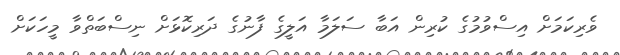
ވެރިކަމަށް އިސްވުމުގެ ކުރިން އަބާ ސަލަމާ އަލީގެ ފާނުގެ ދަރިކޮޅަށް ނިސްބަތްވާ މީހަކަށް